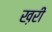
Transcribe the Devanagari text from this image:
ख़री